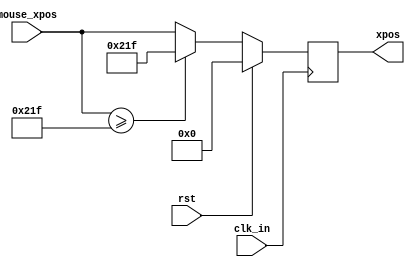
module draw_rect_ctl(
    input wire          clk_in,
    input wire          rst,
    input wire  [11:0]  mouse_xpos,
    output reg  [11:0]  xpos
    );
    
    localparam  WIDTH   = 256;
    
    reg [11:0]  xpos_nxt;
    
    always @(posedge clk_in) begin
        if(rst) begin
            xpos <= 0;
        end
        else begin 
            xpos <= xpos_nxt;
        end
    end
    
    always @* begin
        xpos_nxt = mouse_xpos;
        if (mouse_xpos >= 799 - WIDTH)
            xpos_nxt = 799 - WIDTH;
    end
 endmodule